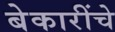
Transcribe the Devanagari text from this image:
बेकारींचे